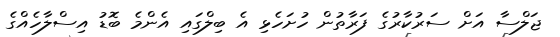
ޖަލްސާ އަށް ސަރުކާރުގެ ފަރާތުން ހުށަހެޅި އެ ބިލްގައި އެންމެ ބޮޑު އިސްލާހެއްގެ